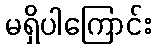
မရှိပါကြောင်း